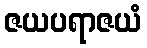
ဇယပရာဇယံ